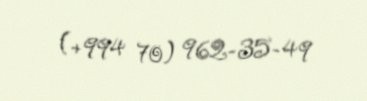
(+994 70) 962-35-49